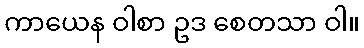
ကာယေန ဝါစာ ဥဒ စေတသာ ဝါ။